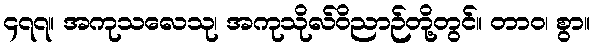
၄၇၇။ အကုသလေသု၊ အကုသိုလ်ဝိညာဉ်တို့တွင်။ တာဝ၊ စွာ။